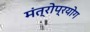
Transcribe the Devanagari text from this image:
मंत्रोप्रयोग